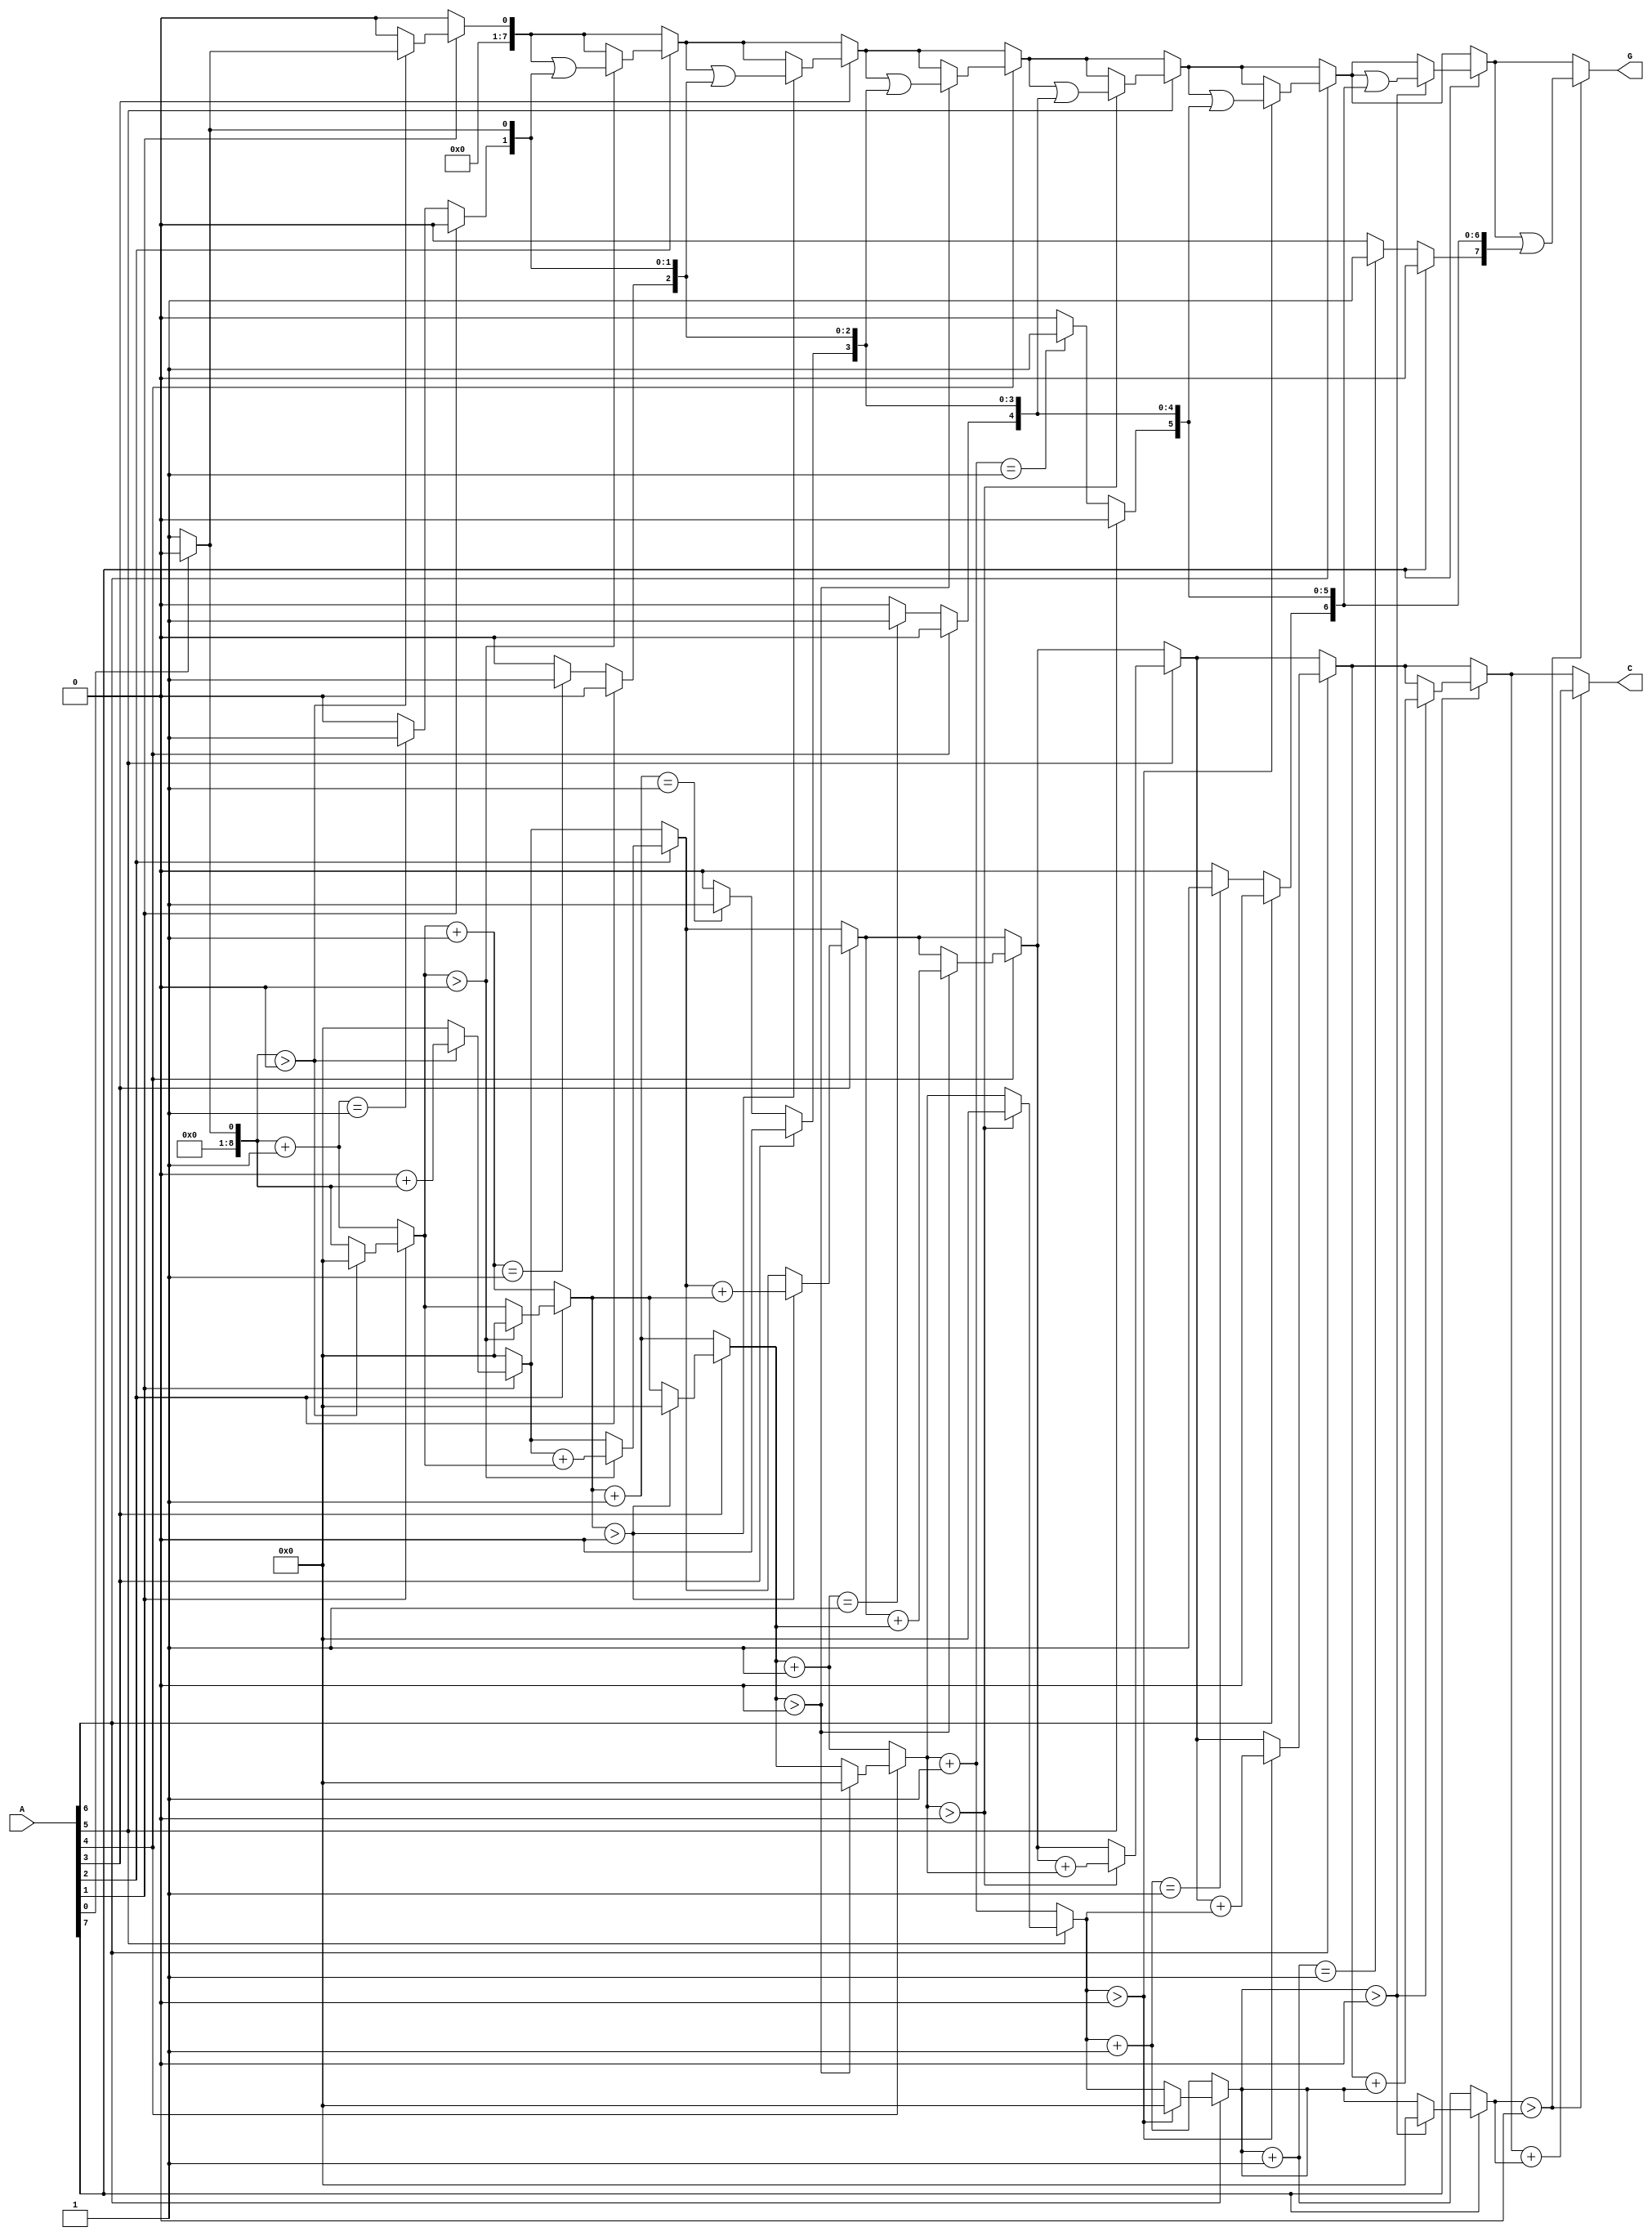
module GroupingOfZeros #(
    parameter N = 8   // Parameter for input size
)(
    input  wire [N-1:0] A, // Input signal
    output reg [N-1:0] G,   // Grouped output
    output reg [N:0] C      // Count output (N+1 to accommodate max count)
);

// Internal variables
integer i;
reg [N-1:0] temp_G; // Temporary grouped output
reg [N:0] zero_count; // Count of consecutive zeros

always @(*) begin
    // Initialize outputs
    temp_G = 0;
    zero_count = 0;
    G = 0;
    C = 0;

    // Detect groups of zeros
    for (i = 0; i < N; i = i + 1) begin
        if (A[i] == 0) begin
            zero_count = zero_count + 1; // Increment zero count
            // Check if we are at the start of a group
            if (zero_count == 1) begin
                temp_G[i] = 1; // Mark the start of a group
            end
        end else begin
            if (zero_count > 0) begin
                // End of a group of zeros
                G = G | temp_G; // Update grouped output
                C = C + zero_count; // Update count output
                zero_count = 0; // Reset zero count
            end
        end
    end

    // Final check for a group of zeros at the end of the input
    if (zero_count > 0) begin
        G = G | temp_G; // Update grouped output
        C = C + zero_count; // Update count output
    end
end

endmodule